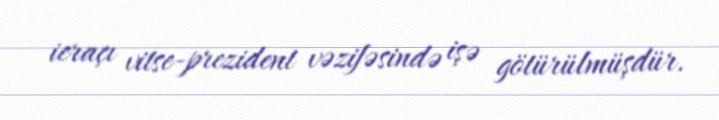
icraçı vitse-prezident vəzifəsində işə götürülmüşdür.